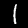
Label: 1